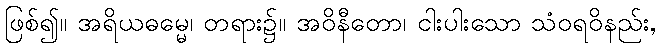
ဖြစ်၍။ အရိယဓမ္မေ၊ တရား၌။ အဝိနီတော၊ ငါးပါးသော သံဝရဝိနည်း,